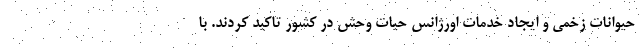
حیوانات زخمی و ایجاد خدمات اورژانس حیات وحش در کشور تاکید کردند. با